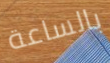
بالساعة